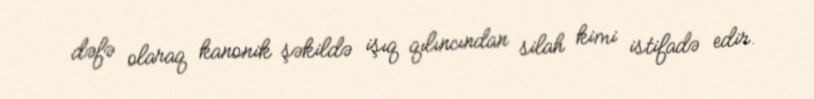
dəfə olaraq kanonik şəkildə işıq qılıncından silah kimi istifadə edir.